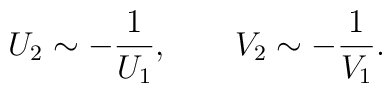
U_2\sim -\frac{1}{U_1}, \qquad V_2\sim -\frac{1}{V_1}.